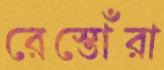
রেস্তোঁরা